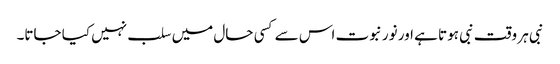
نبی ہر وقت نبی ہوتا ہے اور نور نبوت اس سے کسی حال میں سلب نہیں کیا جاتا۔